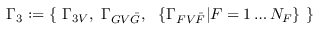
\Gamma _ { 3 } : = \left\{ \, \, \Gamma _ { 3 V } , \, \, \Gamma _ { G V { \bar { G } } } , \, \, \, \, \left\{ \Gamma _ { F V { \bar { F } } } | F = 1 \ldots N _ { F } \right\} \, \, \right\}